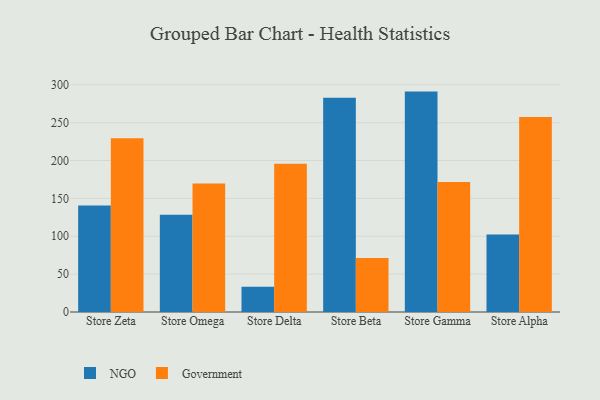
{"axis": {"x": "Store", "y": "Website Visitors"}, "legend": ["Government", "NGO"], "data": [{"x": "Store Zeta", "y": 140.5, "type": "NGO"}, {"x": "Store Zeta", "y": 229.5, "type": "Government"}, {"x": "Store Omega", "y": 128.4, "type": "NGO"}, {"x": "Store Omega", "y": 169.8, "type": "Government"}, {"x": "Store Delta", "y": 33.2, "type": "NGO"}, {"x": "Store Delta", "y": 195.9, "type": "Government"}, {"x": "Store Beta", "y": 282.8, "type": "NGO"}, {"x": "Store Beta", "y": 71.2, "type": "Government"}, {"x": "Store Gamma", "y": 291.0, "type": "NGO"}, {"x": "Store Gamma", "y": 171.6, "type": "Government"}, {"x": "Store Alpha", "y": 102.4, "type": "NGO"}, {"x": "Store Alpha", "y": 257.4, "type": "Government"}]}